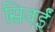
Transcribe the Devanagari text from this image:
सिवईं